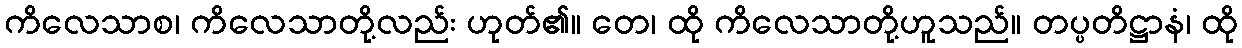
ကိလေသာစ၊ ကိလေသာတို့လည်း ဟုတ်၏။ တေ၊ ထို ကိလေသာတို့ဟူသည်။ တပ္ပတိဋ္ဌာနံ၊ ထို